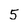
Character: 5